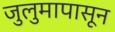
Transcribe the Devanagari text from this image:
जुलुमापासून